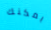
يمكنك